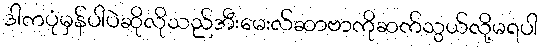
ဒါကပုံမှန်ပါပဲဆိုလိုသည်အီးမေးလ်ဆာဗာကိုဆက်သွယ်လို့မရပါ